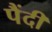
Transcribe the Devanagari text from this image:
पैंदी